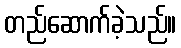
တည်ဆောက်ခဲ့သည်။